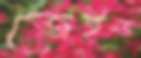
জেইড